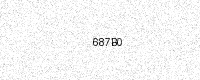
Text: 687B0